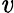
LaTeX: \displaystyle\mathit{v}